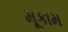
મૂકામ